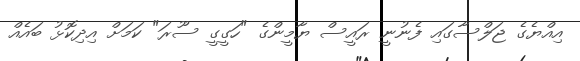
އިއްޔެގެ ޖަލްސާގައި ފެނުނީ ރައީސް ޔާމީންގެ "ހަގީގީ ސޫރަ" ކަމަށް އިދިކޮޅު ބައެއް